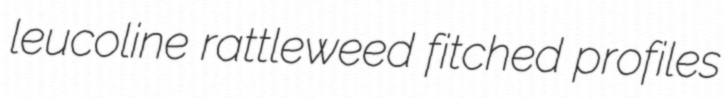
leucoline rattleweed fitched profiles